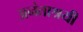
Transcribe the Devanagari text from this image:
अनंताश्रयी